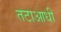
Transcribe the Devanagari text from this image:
तटाआधी